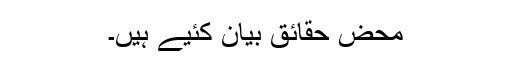
محض حقائق بیان کئیے ہیں۔